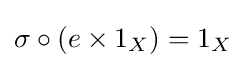
\sigma \circ (e\times 1_{X})=1_{X}